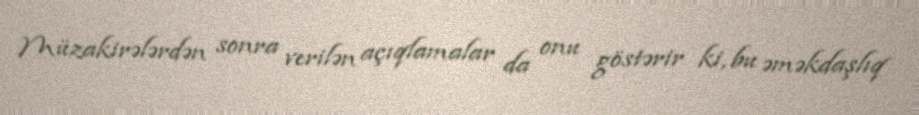
Müzakirələrdən sonra verilən açıqlamalar da onu göstərir ki, bu əməkdaşlıq